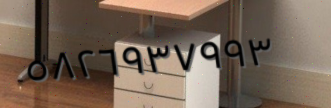
٥٨٢٦٩٣٧٩٩٣